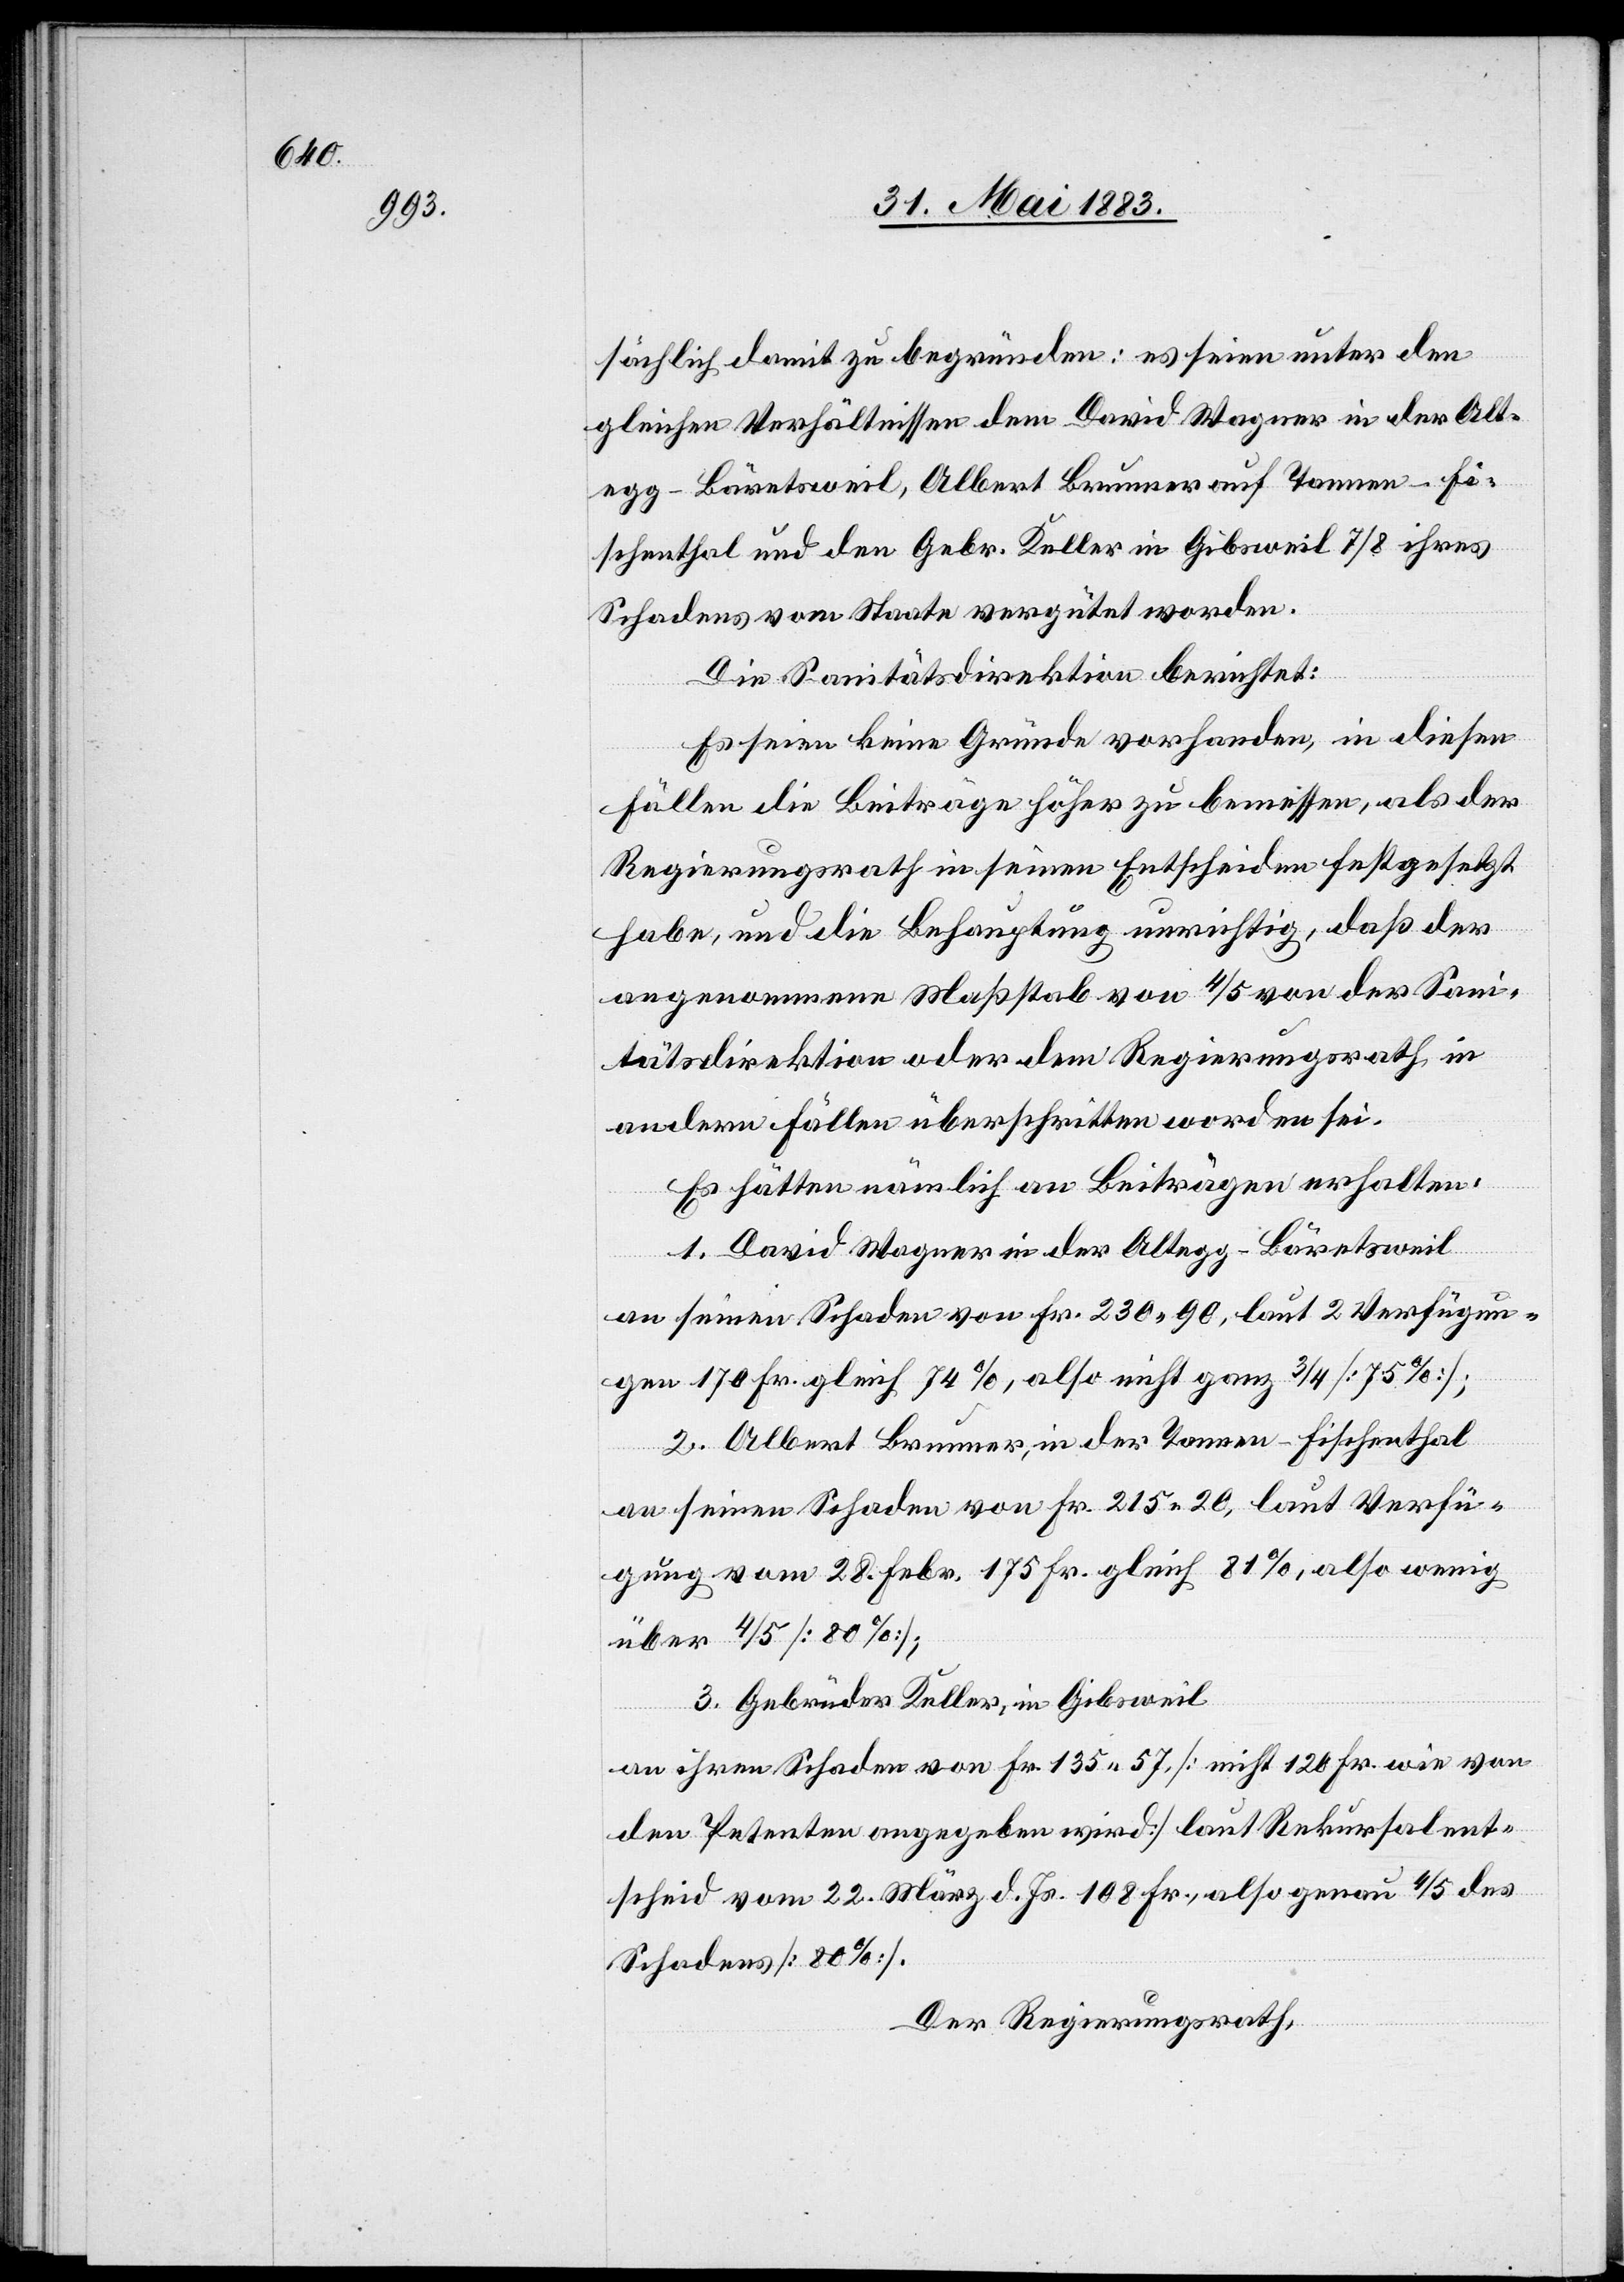
sächlich damit zu begründen: es seien unter den
gleichen Verhältnissen dem David Wagner in der Alt¬
egg - Bäretsweil, Albert Brunner auf Tannen - Fi¬
schenthal und den Gebr. Keller in Gibsweil 7/8 ihres
Schadens vom Staate vergütet worden.
Die Sanitätsdirektion berichtet:
Es seien keine Gründe vorhanden, in diesen
Fällen die Beiträge höher zu bemessen, als der
Regierungsrath in seinen Entscheiden festgesetzt
habe, und die Behauptung unrichtig, daß der
angenommene Maßstab von 4/5 von der Sani¬
tätsdirektion oder dem Regierungsrath in
andern Fällen überschritten worden sei.
Es hätten nämlich an Beiträgen erhalten:
1. David Wagner in der Altegg - Bäretsweil
an seinen Schaden von Fr. 230 90, laut 2 Verfügun¬
gen 170 Fr. gleich 74%, also nicht ganz 3/4 [75%];
2. Albert Brunner, in der Tannen - Fischenthal
an seinen Schaden von Fr. 215 20, laut Verfü¬
gung vom 28. Febr. 175 Fr. gleich 81%, also wenig
über 4/5 [80%];
3. Gebrüder Keller, in Gibsweil
an ihren Schaden von Fr. 135 57 [nicht 120 Fr. wie von
den Petenten angegeben wird] laut Rekursalent¬
scheid vom 22. März d. Js. 108 Fr., also genau 4/5 des
Schadens [80%].
Der Regierungsrath,